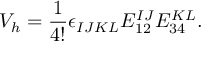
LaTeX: V _ { h } = { \frac { 1 } { 4 ! } } \epsilon _ { I J K L } E _ { 1 2 } ^ { I J } E _ { 3 4 } ^ { K L } .